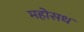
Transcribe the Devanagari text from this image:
महोसध